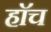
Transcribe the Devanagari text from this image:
हाॅच